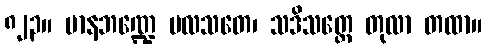
၈၂၃။ မာနဘဏ္ဍေ ပလသတေ၊ သဒိသတ္တေ တုလာ တထာ။